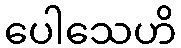
ပေါသေဟိ